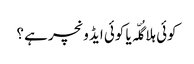
کوئی ہلا گُلّہ یا کوئی ایڈ ونچر ہے ؟